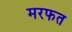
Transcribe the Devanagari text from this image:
मरफत